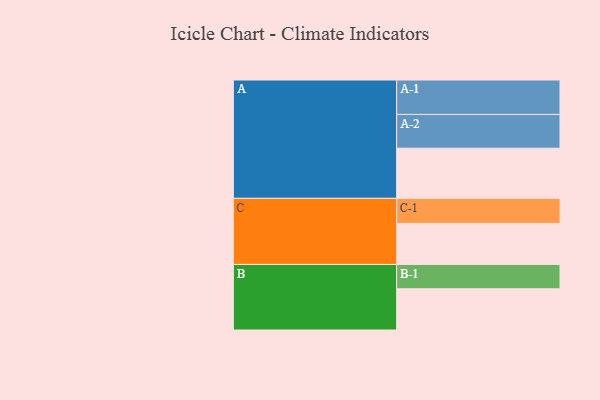
{"axis": {"x": "Segment", "y": "Value"}, "legend": ["", "A", "B", "C"], "data": [{"x": "A", "y": 377, "type": ""}, {"x": "B", "y": 310, "type": ""}, {"x": "C", "y": 308, "type": ""}, {"x": "A-1", "y": 259, "type": "A"}, {"x": "A-2", "y": 254, "type": "A"}, {"x": "B-1", "y": 183, "type": "B"}, {"x": "C-1", "y": 189, "type": "C"}]}